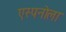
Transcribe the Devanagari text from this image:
एस्पनोला